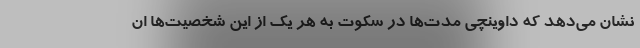
نشان می‌دهد که داوینچی مدت‌ها در سکوت به هر یک از این شخصیت‌ها ان